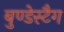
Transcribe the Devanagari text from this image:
बुण्डेस्टैग